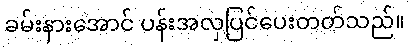
ခမ်းနားအောင် ပန်းအလှပြင်ပေးတတ်သည်။